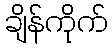
ချိန်ကိုက်